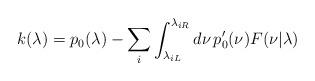
LaTeX: \begin{align*} k(\lambda) = p_0(\lambda) -\sum_i \int_{\lambda_{iL}}^{\lambda_{iR}}d\nu\, p_0'(\nu)F(\nu|\lambda)\end{align*}